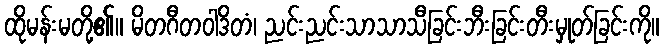
ထိုမန်းမတို့၏။ မိတဂီတဝါဒိတံ၊ ညင်းညင်းသာသာသီခြင်းဘီးခြင်းတီးမှုတ်ခြင်းကို။